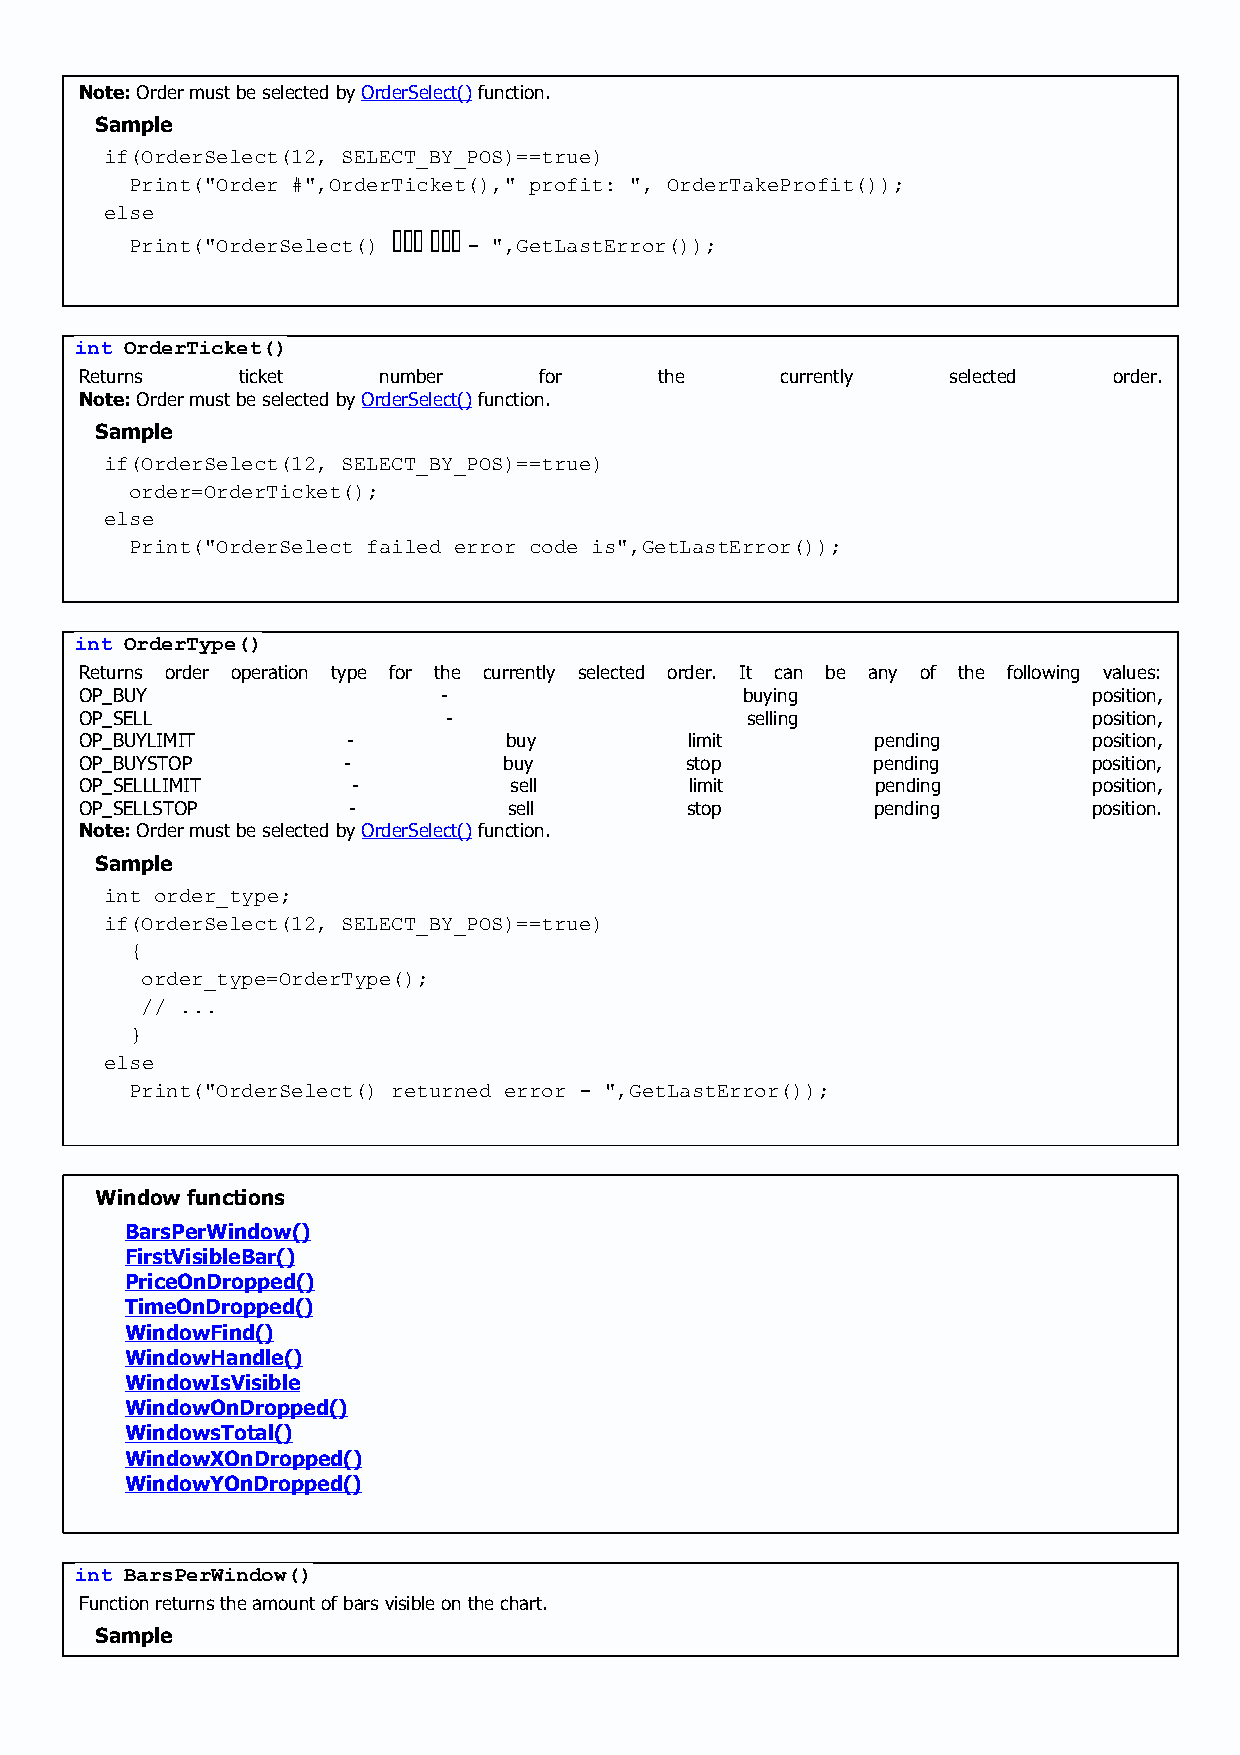
Note: Order must be selected by OrderSelect() function.
 Sample
 if(OrderSelect(12, SELECT_BY_POS)==true)
 Print("Order #",OrderTicket()," profit: ", OrderTakeProfit());
 else
 Print("OrderSelect() 忮痦箅 铠栳牦 - ",GetLastError());
 int OrderTicket()
 Returns    ticket   number     for     the     currently  selected   order.
 Note: Order must be selected by OrderSelect() function.
 Sample
 if(OrderSelect(12, SELECT_BY_POS)==true)
 order=OrderTicket();
 else
 Print("OrderSelect failed error code is",GetLastError());
 int OrderType()
 Returns order operation type for the currently selected order. It can be any of the following values:
 OP_BUY                  -                   buying                 position,
 OP_SELL                  -                  selling                position,
 OP_BUYLIMIT       -         buy          limit       pending       position,
 OP_BUYSTOP        -         buy         stop         pending       position,
 OP_SELLLIMIT      -          sell        limit       pending       position,
 OP_SELLSTOP       -          sell       stop         pending       position.
 Note: Order must be selected by OrderSelect() function.
 Sample
 int order_type;
 if(OrderSelect(12, SELECT_BY_POS)==true)
 {
 order_type=OrderType();
 // ...
 }
 else
 Print("OrderSelect() returned error - ",GetLastError());
 Window functions
 BarsPerWindow()
 FirstVisibleBar()
 PriceOnDropped()
 TimeOnDropped()
 WindowFind()
 WindowHandle()
 WindowIsVisible
 WindowOnDropped()
 WindowsTotal()
 WindowXOnDropped()
 WindowYOnDropped()
 int BarsPerWindow()
 Function returns the amount of bars visible on the chart.
 Sample